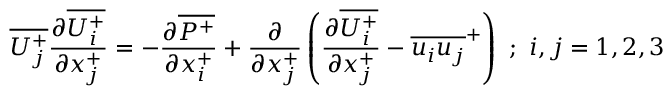
\overline { { U _ { j } ^ { + } } } \frac { \partial \overline { { U _ { i } ^ { + } } } } { \partial x _ { j } ^ { + } } = - \frac { \partial \overline { { P ^ { + } } } } { \partial x _ { i } ^ { + } } + \frac { \partial } { \partial x _ { j } ^ { + } } \left( \frac { \partial \overline { { U _ { i } ^ { + } } } } { \partial x _ { j } ^ { + } } - \overline { { u _ { i } u _ { j } } } ^ { + } \right) ~ ; ~ i , j = 1 , 2 , 3